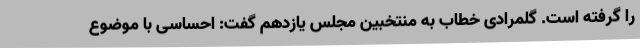
را گرفته است. گلمرادی خطاب به منتخبین مجلس یازدهم گفت: احساسی با موضوع